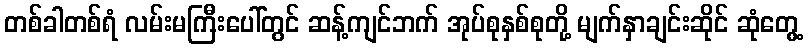
တစ်ခါတစ်ရံ လမ်းမကြီးပေါ်တွင် ဆန့်ကျင်ဘက် အုပ်စုနှစ်စုတို့ မျက်နှာချင်းဆိုင် ဆုံတွေ့